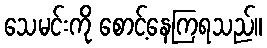
သေမင်းကို စောင့်နေကြရသည်။